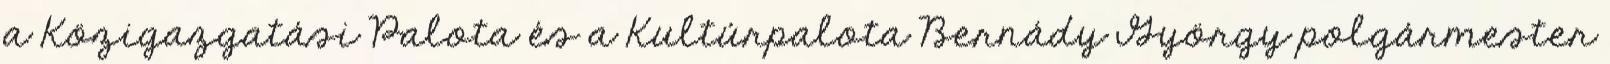
a Közigazgatási Palota és a Kultúrpalota Bernády György polgármester